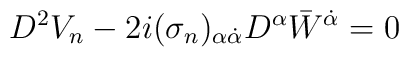
D^{2}V_{n} - 2i(\sigma_{n})_{\alpha \dot{\alpha}}D^{\alpha}{\bar W}^{\dot\alpha} = 0